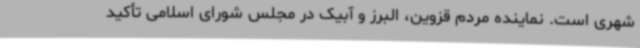
شهری است. نماینده مردم قزوین، البرز و آبیک در مجلس شورای اسلامی تأکید